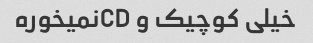
خیلی کوچیک و CDنمیخوره